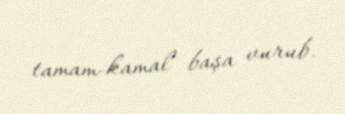
tamam-kamal başa vurub.